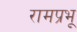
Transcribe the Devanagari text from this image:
रामप्रभू